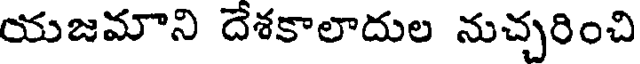
యజమాని దేశకాలాదుల నుచ్చరించి